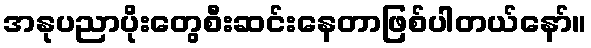
အနုပညာပိုးတွေစီးဆင်းနေတာဖြစ်ပါတယ်နော်။